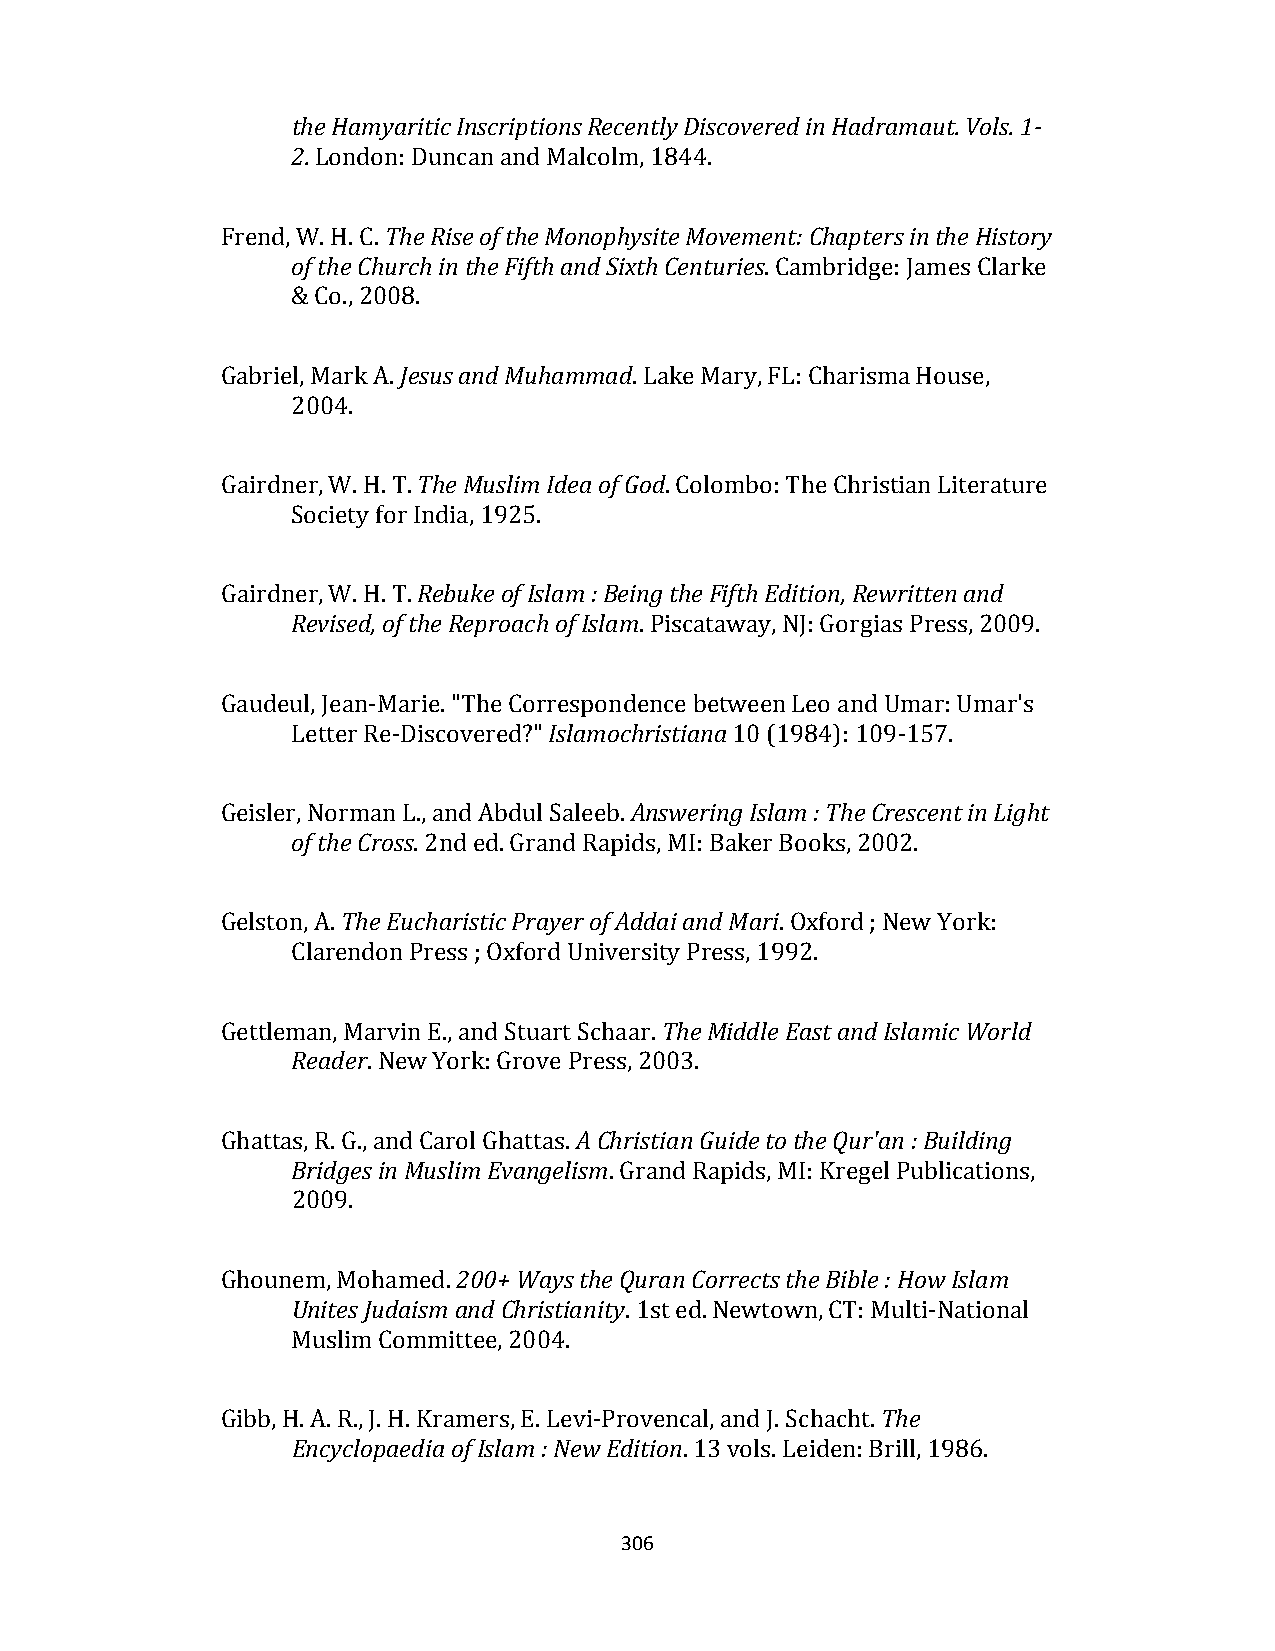
the Hamyaritic Inscriptions Recently Discovered in Hadramaut. Vols. 1‐
 2. London: Duncan and Malcolm, 1844.
 Frend, W. H. C. The Rise of the Monophysite Movement: Chapters in the History
 of the Church in the Fifth and Sixth Centuries. Cambridge: James Clarke
 & Co., 2008.
 Gabriel, Mark A. Jesus and Muhammad. Lake Mary, FL: Charisma House,
 2004.
 Gairdner, W. H. T. The Muslim Idea of God. Colombo: The Christian Literature
 Society for India, 1925.
 Gairdner, W. H. T. Rebuke of Islam : Being the Fifth Edition, Rewritten and
 Revised, of the Reproach of Islam. Piscataway, NJ: Gorgias Press, 2009.
 Gaudeul, Jean‐Marie. "The Correspondence between Leo and Umar: Umar's
 Letter Re‐Discovered?" Islamochristiana 10 (1984): 109‐157.
 Geisler, Norman L., and Abdul Saleeb. Answering Islam : The Crescent in Light
 of the Cross. 2nd ed. Grand Rapids, MI: Baker Books, 2002.
 Gelston, A. The Eucharistic Prayer of Addai and Mari. Oxford ; New York:
 Clarendon Press ; Oxford University Press, 1992.
 Gettleman, Marvin E., and Stuart Schaar. The Middle East and Islamic World
 Reader. New York: Grove Press, 2003.
 Ghattas, R. G., and Carol Ghattas. A Christian Guide to the Qur'an : Building
 Bridges in Muslim Evangelism. Grand Rapids, MI: Kregel Publications,
 2009.
 Ghounem, Mohamed. 200+ Ways the Quran Corrects the Bible : How Islam
 Unites Judaism and Christianity. 1st ed. Newtown, CT: Multi‐National
 Muslim Committee, 2004.
 Gibb, H. A. R., J. H. Kramers, E. Levi‐Provencal, and J. Schacht. The
 Encyclopaedia of Islam : New Edition. 13 vols. Leiden: Brill, 1986.
 306